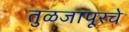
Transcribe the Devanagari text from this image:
तुळजापूरचे